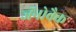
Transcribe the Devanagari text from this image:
जॅनोवैक